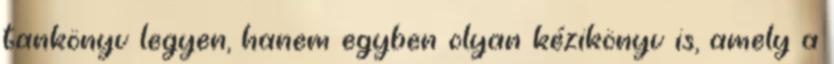
tankönyv legyen, hanem egyben olyan kézikönyv is, amely a